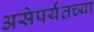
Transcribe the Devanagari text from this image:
असेपर्यंतच्या